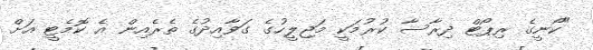
"ކޯނީގެ ރިޕޯޓް ދިރާސާ ކުރުމަކީ މަޖިލީހުގެ ގަވާއިދުގެ ތެރެއިން އެ ކޮމެޓީ އަށް